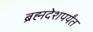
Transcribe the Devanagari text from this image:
ब्रह्मदेशपर्यंत